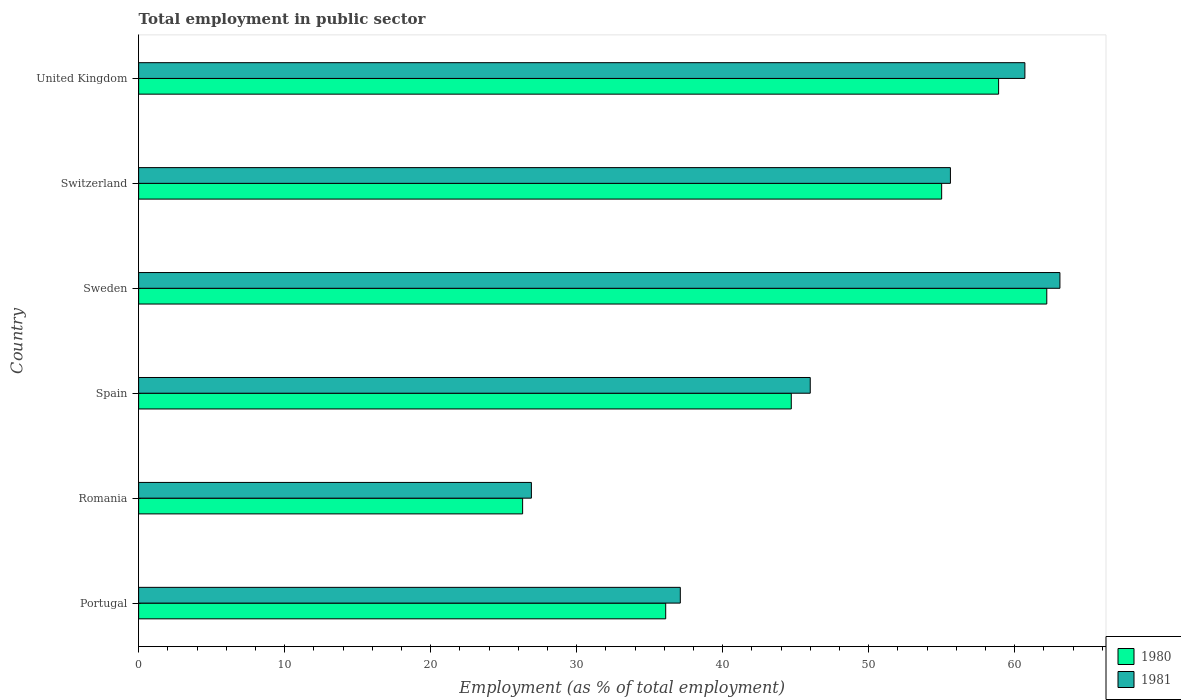
| Country | 1980 | 1981 |
 | --- | --- | --- |
 | Portugal | 36.1 | 37.1 |
 | Romania | 26.3 | 26.9 |
 | Spain | 44.7 | 46 |
 | Sweden | 62.2 | 63.1 |
 | Switzerland | 55 | 55.6 |
 | United Kingdom | 58.9 | 60.7 |